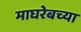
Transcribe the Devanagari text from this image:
माघरेबच्या